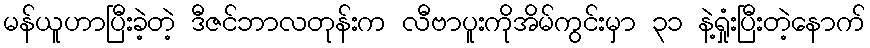
မန်ယူဟာပြီးခဲ့တဲ့ ဒီဇင်ဘာလတုန်းက လီဗာပူးကိုအိမ်ကွင်းမှာ ၃၁ နဲ့ရှုံးပြီးတဲ့နောက်